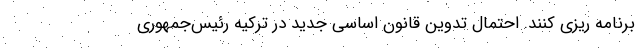
برنامه ریزی کنند. احتمال تدوین قانون اساسی جدید در ترکیه رئیس‌جمهوری